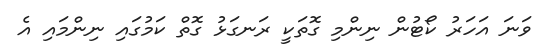
ވަނަ އަހަރު ކޯޓުން ނިންމި ގޮތަކީ ރަނގަޅު ގޮތް ކަމުގައި ނިންމައި އެ